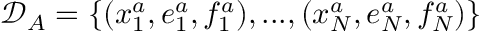
\mathcal { D } _ { A } = \{ ( x _ { 1 } ^ { a } , e _ { 1 } ^ { a } , f _ { 1 } ^ { a } ) , . . . , ( x _ { N } ^ { a } , e _ { N } ^ { a } , f _ { N } ^ { a } ) \}